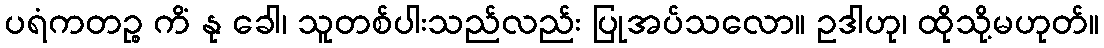
ပရံကတဉ္စ ကိံ နု ခေါ၊ သူတစ်ပါးသည်လည်း ပြုအပ်သလော။ ဥဒါဟု၊ ထိုသို့မဟုတ်။